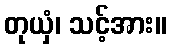
တုယှံ၊ သင့်အား။